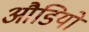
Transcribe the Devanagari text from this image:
औडियो